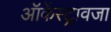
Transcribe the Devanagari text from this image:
ऑर्केस्ट्रावजा